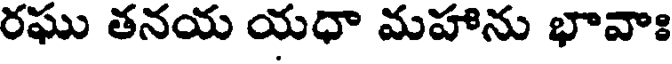
రఘు తనయ యధా మహాను భావాః